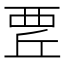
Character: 𧟬